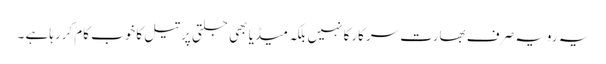
یہ رویہ صرف بھارت سرکارکا نہیں بلکہ میڈیا بھی جلتی پرتیل کاخوب کام کررہاہے ۔